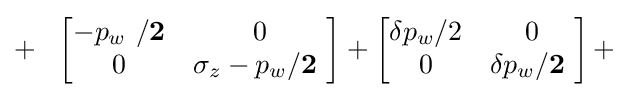
+\ \ \left[{\begin{matrix}-{p}_{w}\ /\mathbf {2} &0\\0&\sigma _{z}-{p}_{w}/\mathbf {2} \ \\\end{matrix}}\right]+\left[{\begin{matrix}\delta p_{w}/2&0\\0&\delta p_{w}/\mathbf {2} \ \\\end{matrix}}\right]+